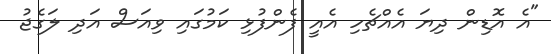
"އެ އޮޑިން ދިޔަ އެއްޗެހި އެއީ ފެންފުޅި ކަމުގައި ވިއަސް އަދި ލަގެޖު